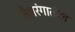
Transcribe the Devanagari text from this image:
तैलरंगातील